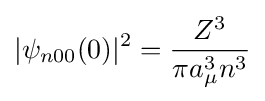
|\psi _{n00}(0)|^{2}={\frac {Z^{3}}{\pi a_{\mu }^{3}n^{3}}}